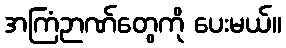
အကြံဉာဏ်တွေကို ပေးမယ်။